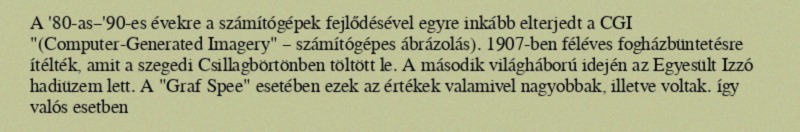
A '80-as–'90-es évekre a számítógépek fejlődésével egyre inkább elterjedt a CGI "(Computer-Generated Imagery" – számítógépes ábrázolás). 1907-ben féléves fogházbüntetésre ítélték, amit a szegedi Csillagbörtönben töltött le. A második világháború idején az Egyesült Izzó hadiüzem lett. A "Graf Spee" esetében ezek az értékek valamivel nagyobbak, illetve voltak. így valós esetben